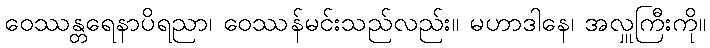
ဝေဿန္တရေနာပိရညာ၊ ဝေဿန်မင်းသည်လည်း။ မဟာဒါနေ၊ အလှူကြီးကို။